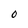
Character: O